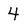
Character: 4